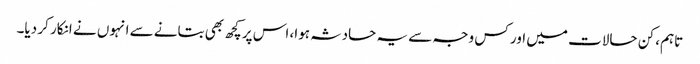
تاہم، کن حالات میں اور کس وجہ سے یہ حادثہ ہوا، اس پر کچھ بھی بتانے سے انہوں نے انکار کر دیا۔